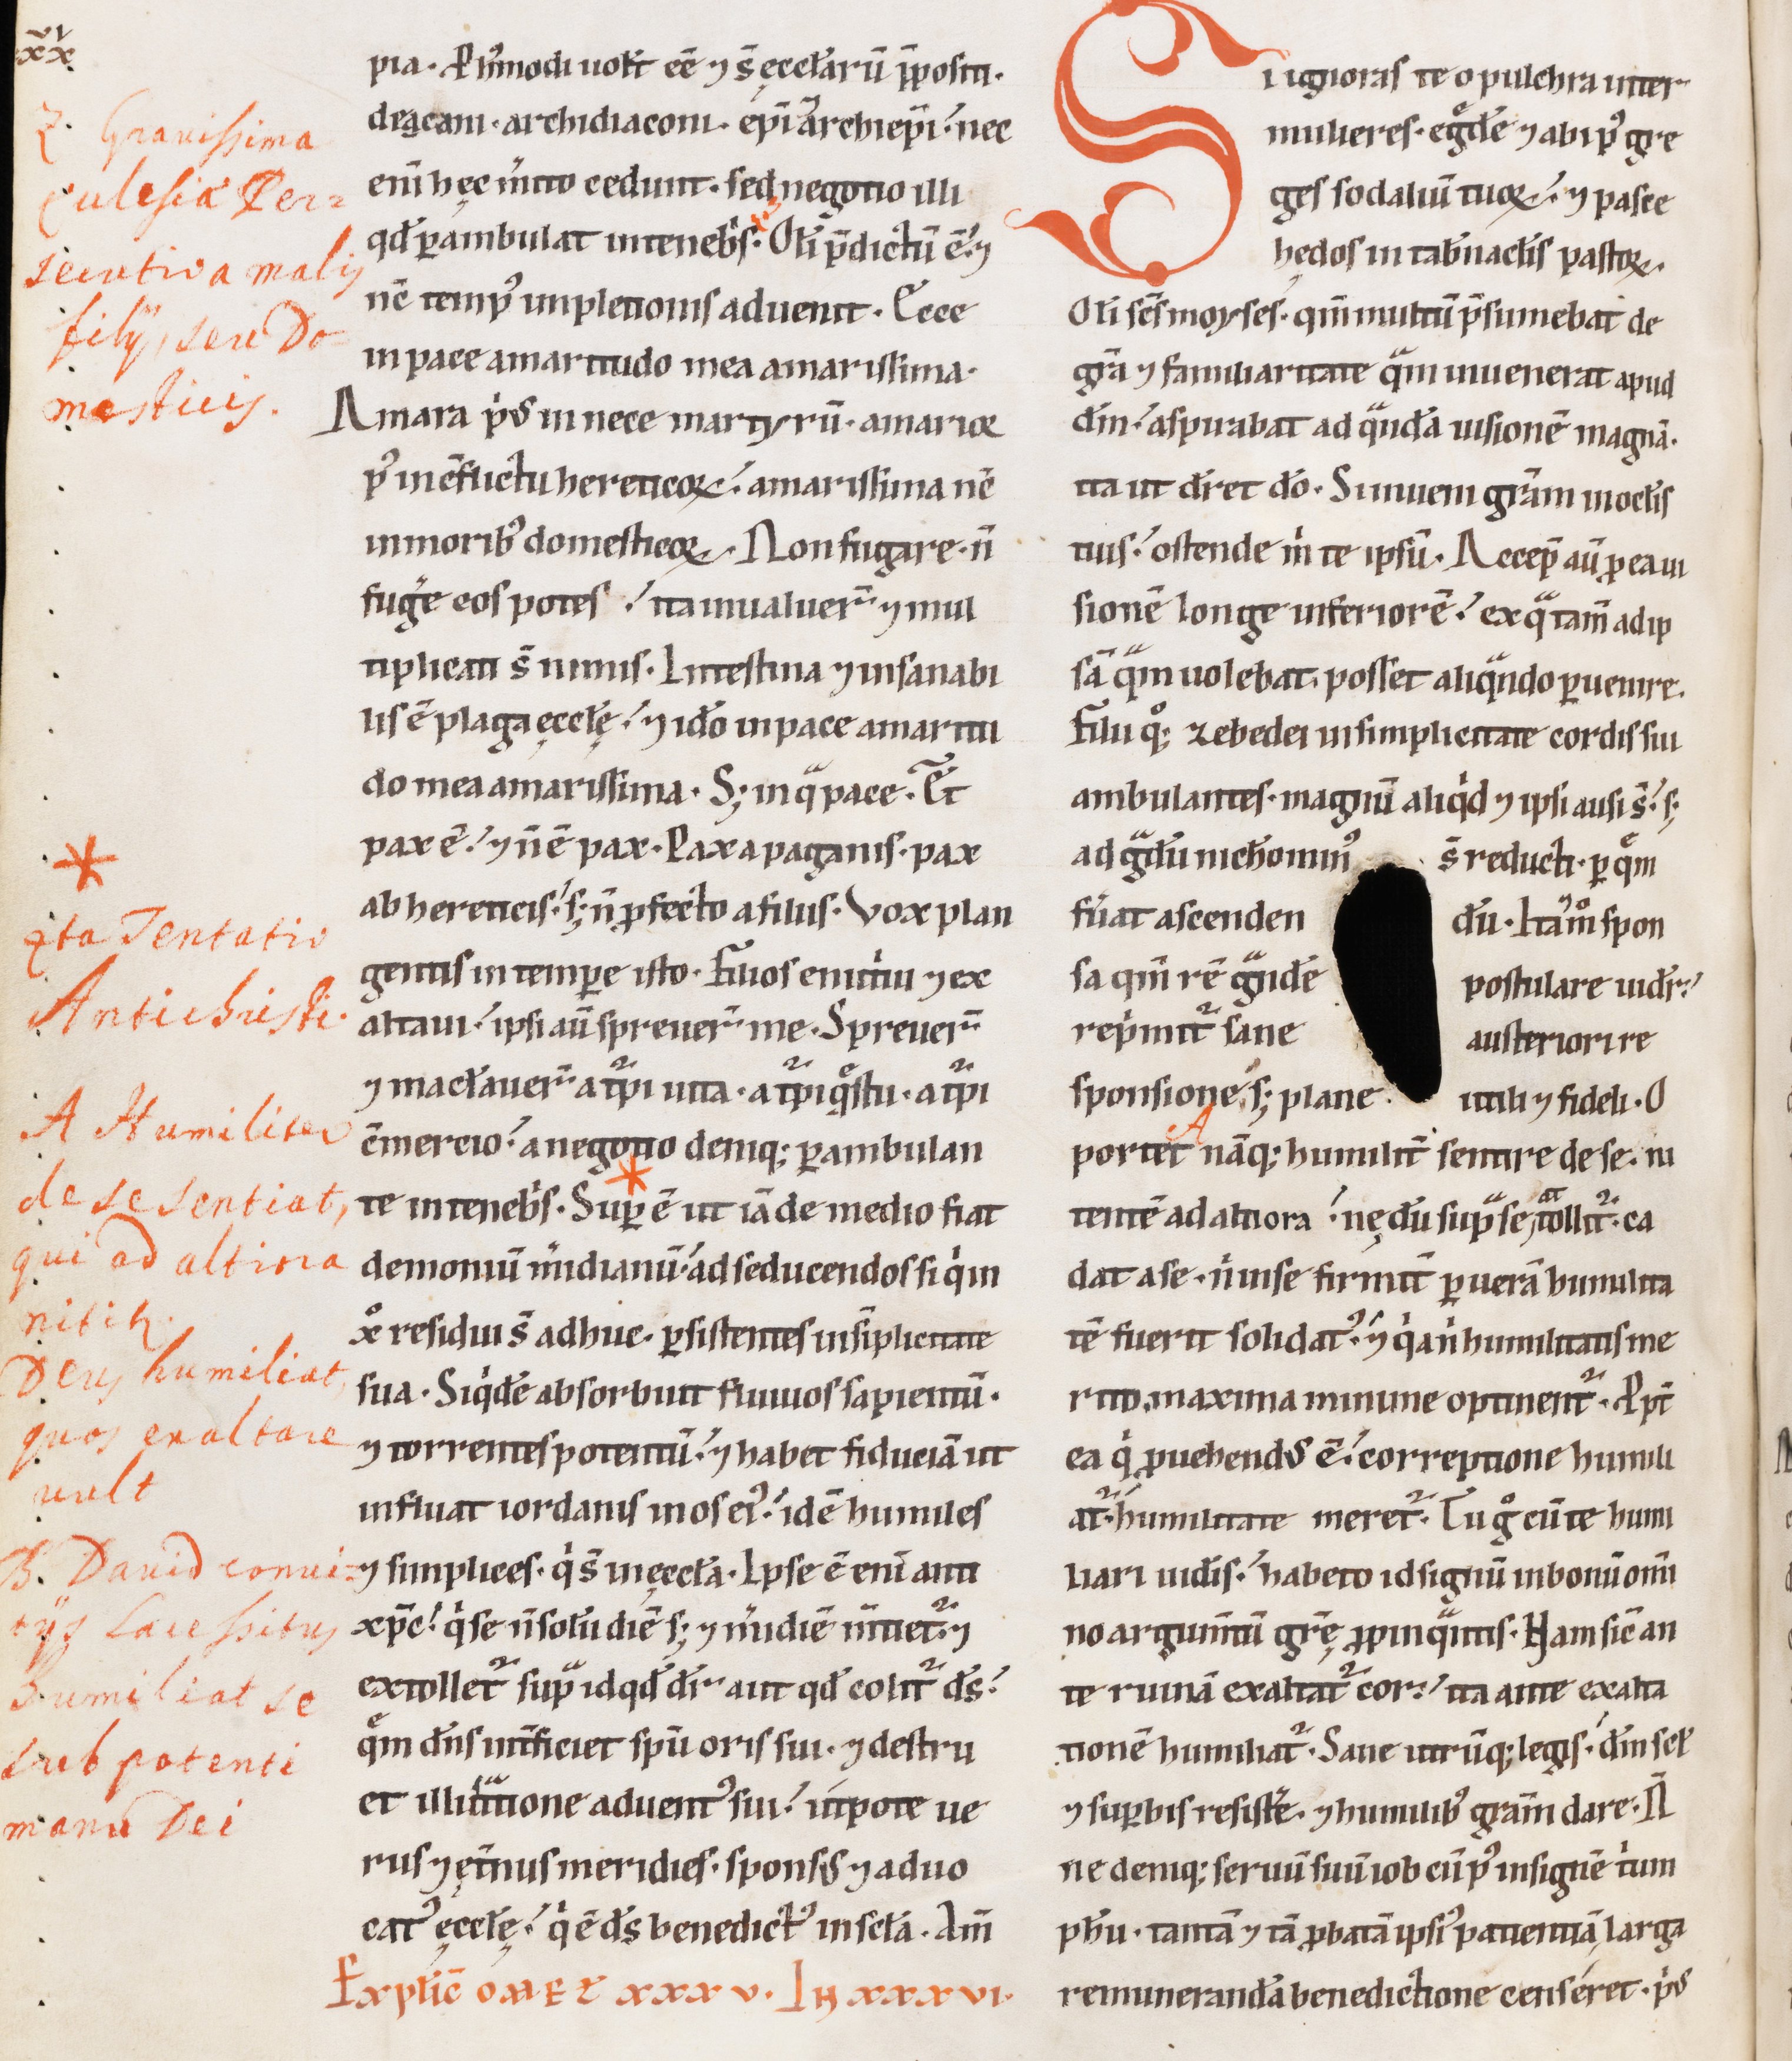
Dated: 1100–1199